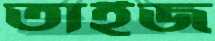
তাইজ